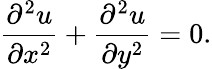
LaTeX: {\frac{\partial^{2}u}{\partial x^{2}}}+{\frac{\partial^{2}u}{\partial y^{2}}}=0.